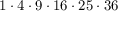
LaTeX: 1 \cdot 4 \cdot 9 \cdot 1 6 \cdot 2 5 \cdot 3 6